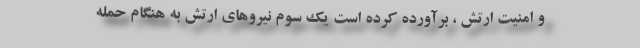
و امنیت ارتش ، برآورده کرده است یک سوم نیروهای ارتش به هنگام حمله